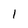
Character: 1